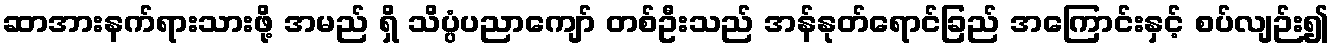
ဆာအားနက်ရားသားဖို့ အမည် ရှိ သိပ္ပံပညာကျော် တစ်ဦးသည် အန်နုတ်ရောင်ခြည် အကြောင်းနှင့် စပ်လျဉ်း၍